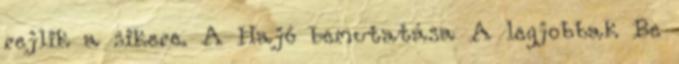
rejlik a sikere. A Hajó bemutatása A legjobbak Be